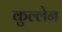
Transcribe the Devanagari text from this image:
कुल्लेन